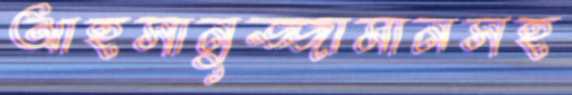
আহসানুজ্জামানসহ